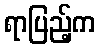
ရာပြည့်က